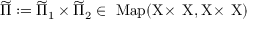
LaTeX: \widetilde \Pi : = \widetilde \Pi \sb 1 \times \widetilde \Pi \sb 2 \in \mathrm { ~ \mathrm { M a p } ( X \! \times \! ~ X , X \! \times \! ~ X ) ~ }